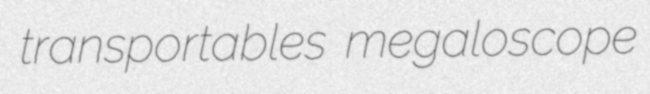
transportables megaloscope